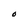
Character: O